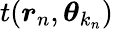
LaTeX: t(\boldsymbol{r}_{n},\boldsymbol{\theta}_{k_{n}})